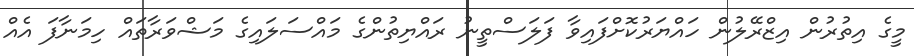
މީގެ އިތުރުން އިޒްރޭލުން ހައްޔަރުކޮށްފައިވާ ފަލަސްތީނު ރައްޔިތުންގެ މައްސަލައިގެ މަޝްވަރާތައް ހިމަނާފަ އެއް